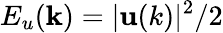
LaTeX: E_{u}({\mathbf k})=\lvert{\mathbf u(k)}\rvert^{2}/2